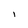
Character: i